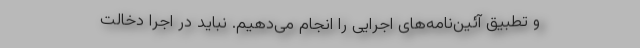
و تطبیق آئین‌نامه‌های اجرایی را انجام می‌دهیم. نباید در اجرا دخالت